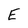
Character: E